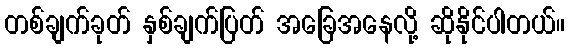
တစ်ချက်ခုတ် နှစ်ချက်ပြတ် အခြေအနေလို့ ဆိုနိုင်ပါတယ်။